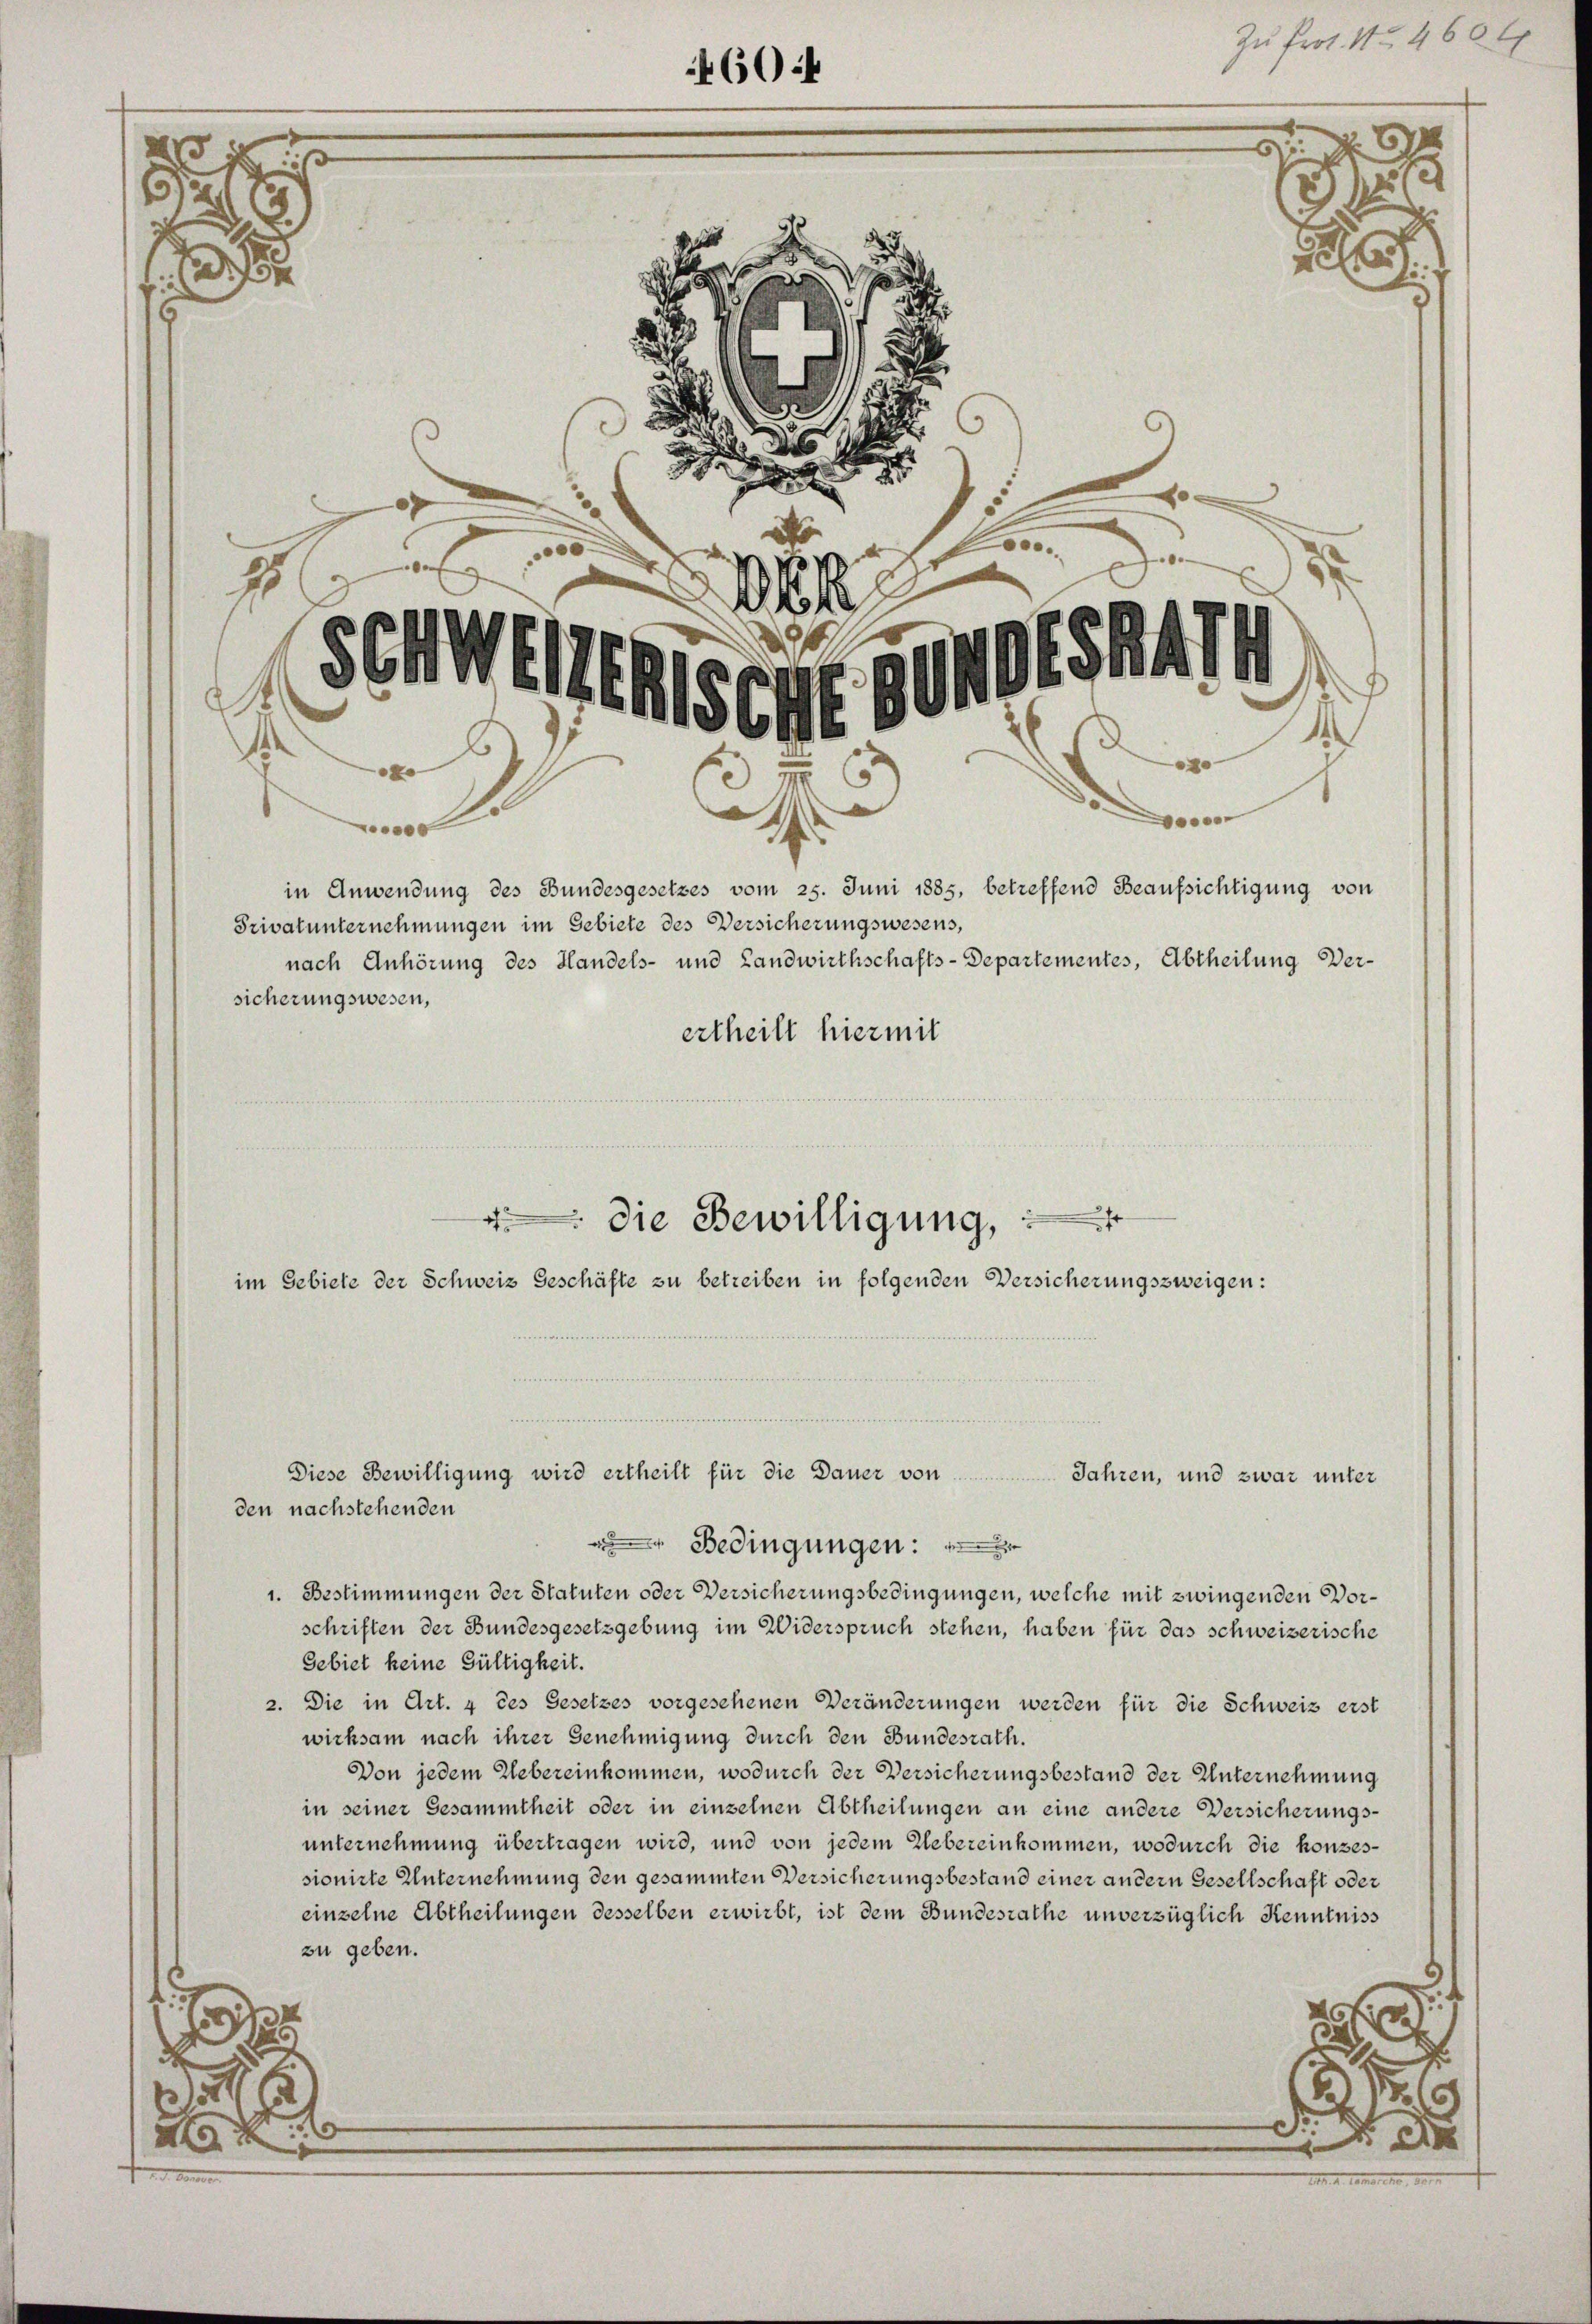
A
1

f
d
1
 000 x
in Anwendung des Bundesgesetzes vom 25. Juni 1885, betreffend Beaufsichtigung von
Privatunternehmungen im Gebiete des Versicherungswesens,
nach Anhörung des Handels- und Landwirthschafts-Departementes, Abtheilung Versicherungswesen,
ertheilt hiermit
im Gebiete der Schweiz Geschäfte zu betreiben in folgenden Versicherungszweigen:
Diese Bewilligung wird ertheilt für die Dauer von
Jahren, und zwar unter
den nachstehenden

Bedingungen:
1. Bestimmungen der Statuten oder Versicherungsbedingungen, welche mit zwingenden Vorschriften der Bundesgesetzgebung im Widerspruch stehen, haben für das schweizerische
Gebiet keine Gültigkeit.
2. Die in Art. 4 des Gesetzes vorgesehenen Veränderungen werden für die Schweiz erst
wirksam nach ihrer Genehmigung durch den Bundesrath.
Von jedem Uebereinkommen, wodurch der Versicherungsbestand der Unternehmung
in seiner Gesammtheit oder in einzelnen Abtheilungen an eine andere Versicherungsunternehmung übertragen wird, und von jedem Uebereinkommen, wodurch die konzessionirte Unternehmung den gesammten Versicherungsbestand einer andern Gesellschaft oder
einzelne Abtheilungen desselben erwirbt, ist dem Bundesrathe unverzüglich Kenntniss
zu geben.
5
1

.

2
.
d
e

k
Schwes
4081474
SCHEN
.
t

604

die Bewilligung,

Zu Prot. No 460.
e
fo

Con
e

.